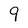
Character: 9